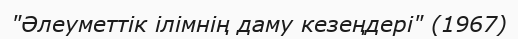
"Әлеуметтік ілімнің даму кезеңдері" (1967)